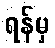
ရန်မှ